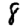
Digit: 8